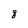
Character: 8